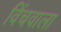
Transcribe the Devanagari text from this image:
विंचवाला